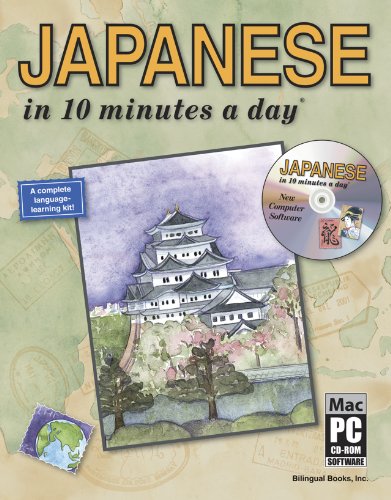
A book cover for JAPANESE in 10 minutes a dayÂ® with CD-ROM; Kristine K. Kershul; Reference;